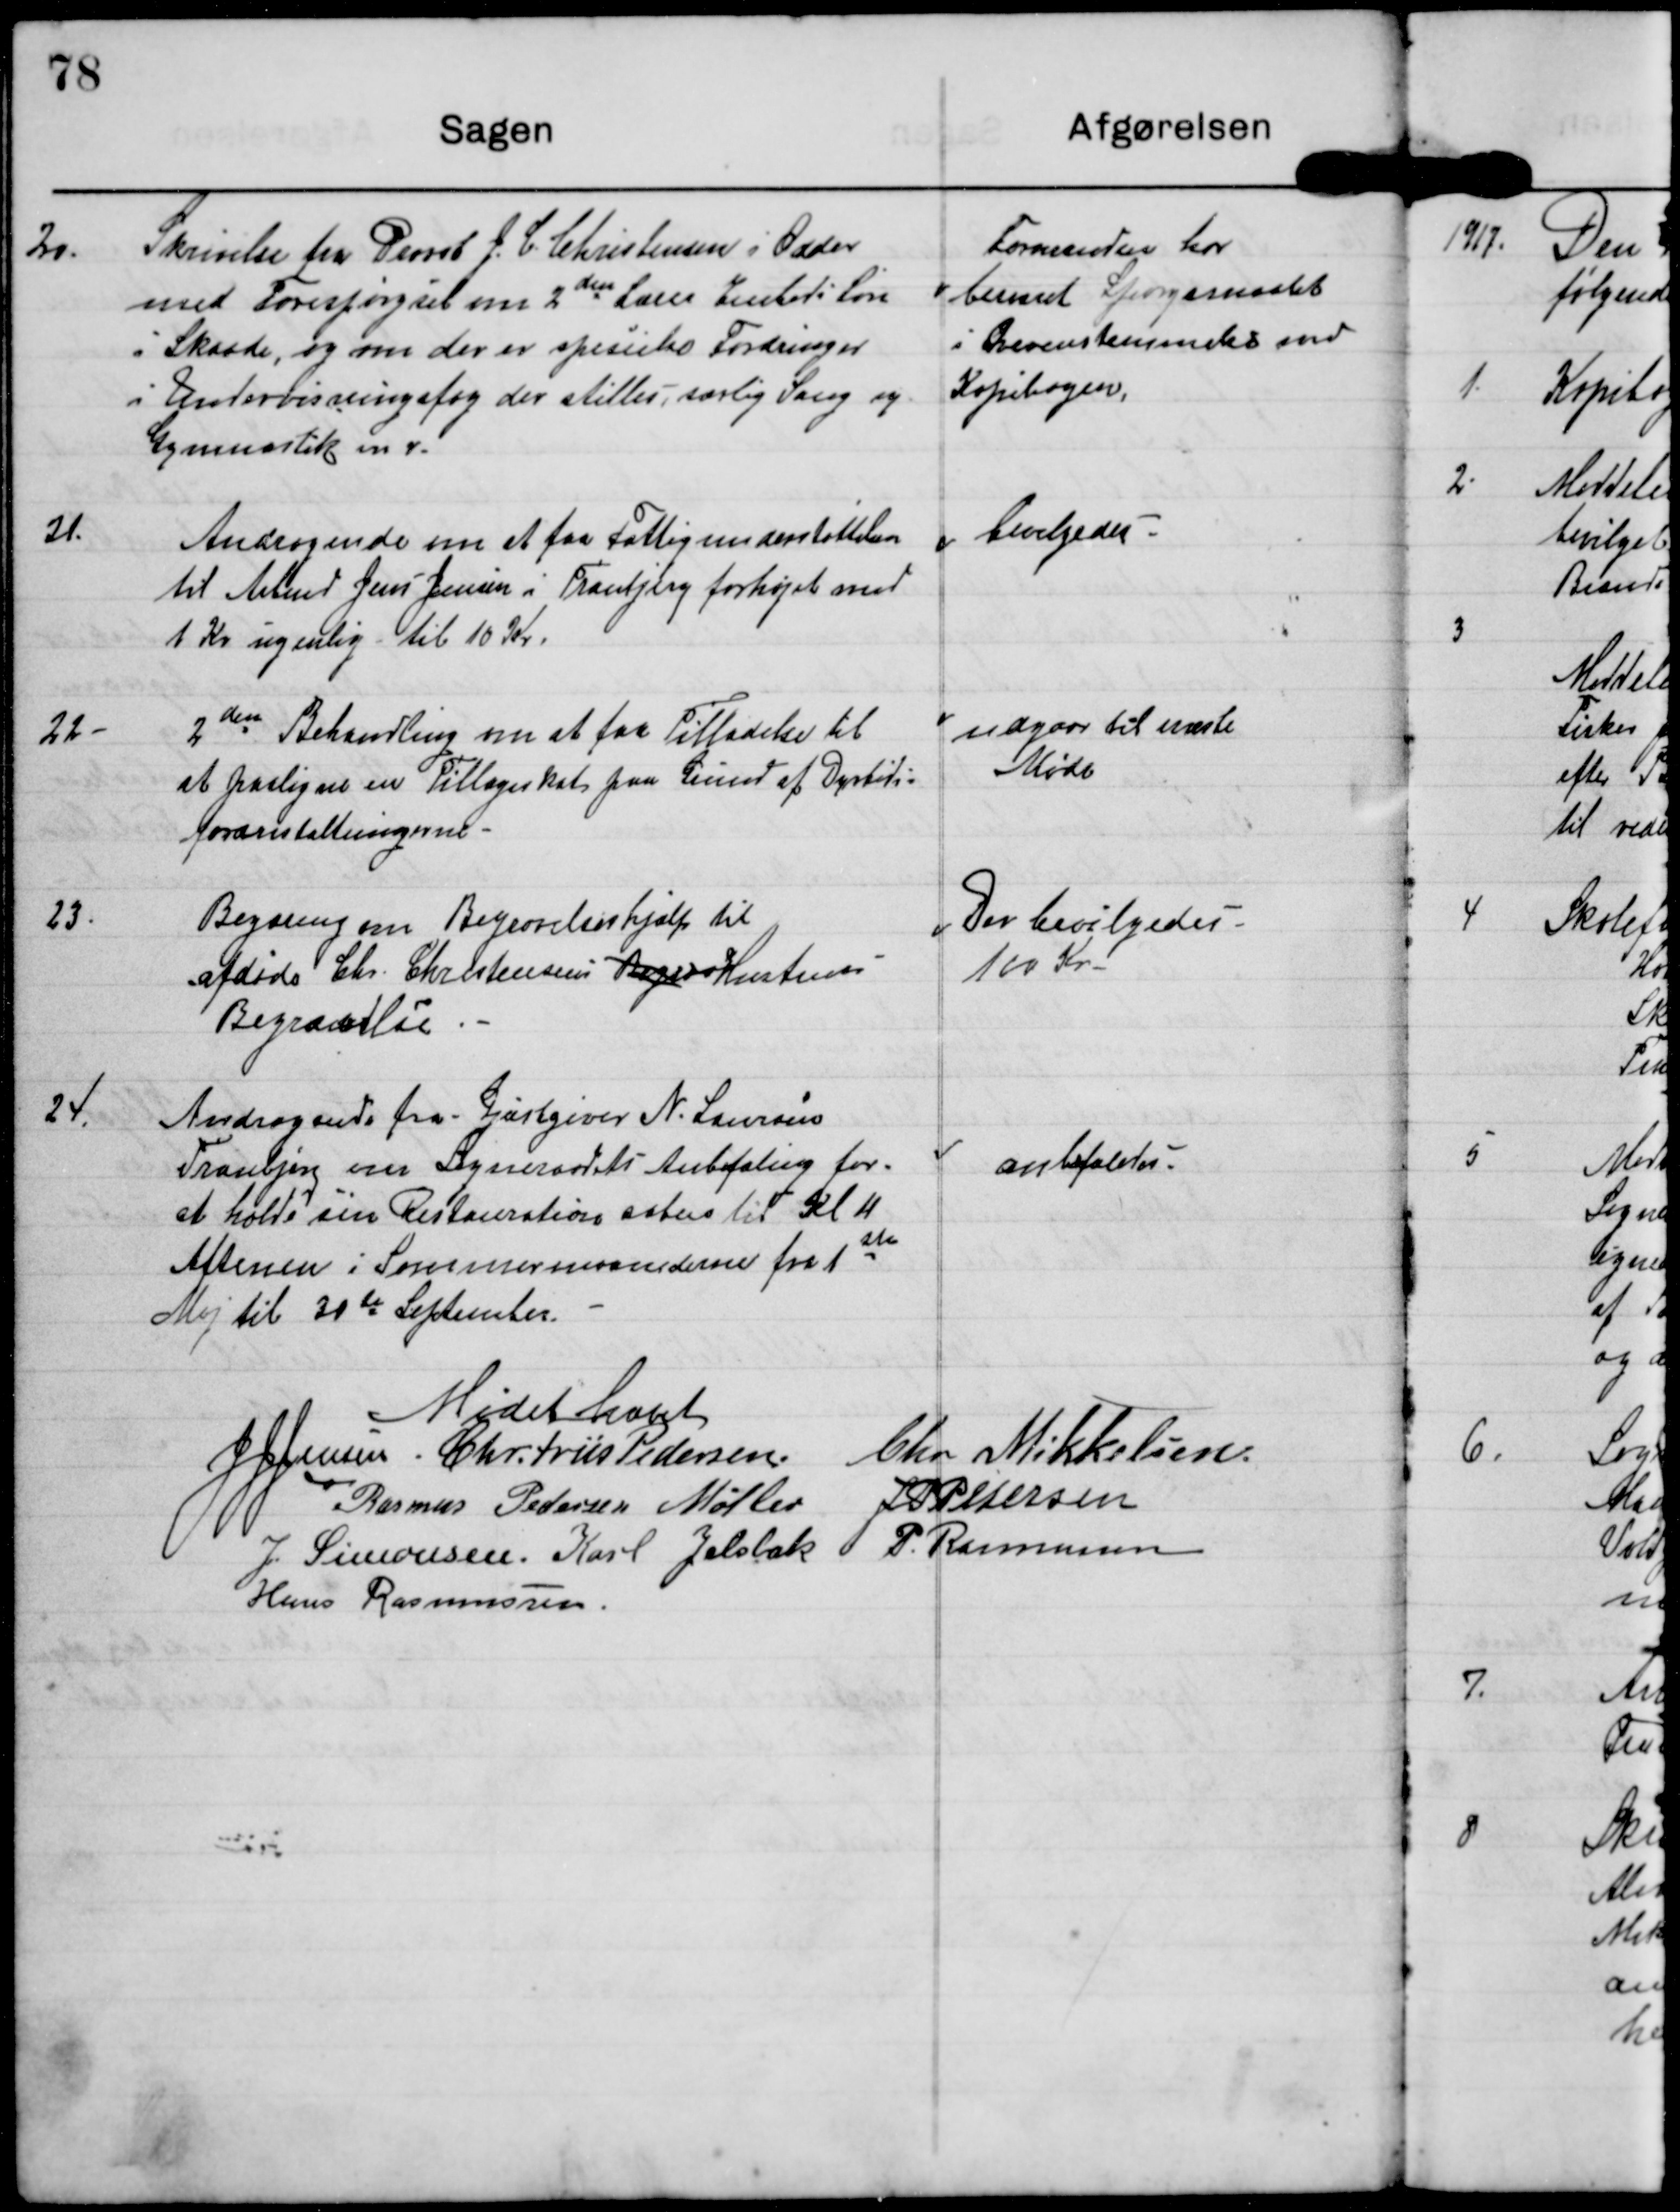
Transskription:
20. Skrivelse fra Provst J C Christensen i Odder
med Forespørgsel om 2den Lærer Embeds Løn
i Skaade, og om der er spesielle Fordringer
i Undervisningsfag der stilles, særlig Sang og
Gymnastik mv

Formanden har
besvaret Spørgsmaalet
i Overenstemmelse med
Kopibogen

bevilgedes

21.
Andragende om at faa Fattigunderstøttelsen
til Arbmd Jens Jensen i Tranbjerg forhøjet med
1 Kr ugentlig til 10 Kr.

22.
2den Behandling om at faa Tilladelse til
at paaligne en Tillægsskat paa Grund af Dyrtids-
foranstaltningerne.

udgaar til næste
Møde

Der bevilgedes
100 Kr

23.
Begæring om Begravelseshjælp til
afdøde Chr. Christensens Begra Hustrus
Begravelse.

23 Andragende fra Gæstgiver N.Laursen
Tranbjerg om Sogneraadets Anbefaling for
at holde sin Restauration aaben til Kl 11
Aftenen i Sommermaanederne fra 1st
Maj til 30te September.

anbefaledes

Mødet hævet

Chr Mikkelsen

J J jensen

Chr Friis Pedersen

J P Petersen

Rasmus Pedersen Møller

P Rasmussen

Karl Jelsbak

J Simonsen

Hans Rasmussen